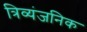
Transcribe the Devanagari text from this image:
त्रिव्यंजनिक